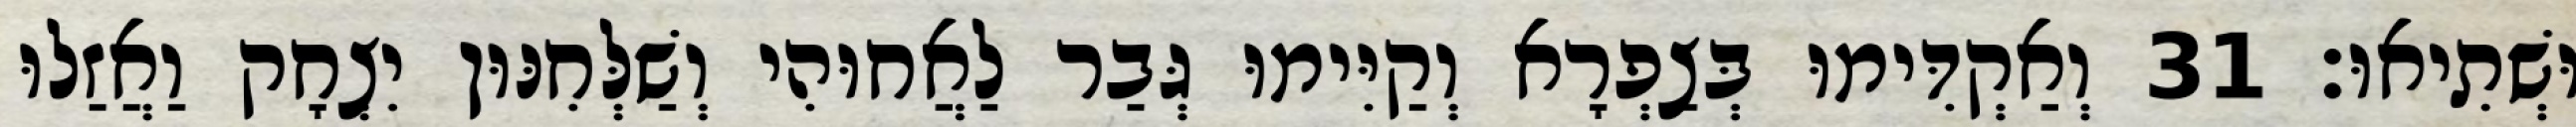
וּשְׁתִיאוּ׃ 31 וְאַקְדִּימוּ בְּצַפְרָא וְקַיִּימוּ גְּבַר לַאֲחוּהִי וְשַׁלְּחִנּוּן יִצְחָק וַאֲזַלוּ